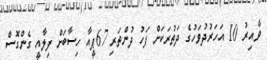
ވާއިރު 10 އަހަރުދުވަހުގެ ދަތުރަކަށް ފަހު ދުންތަރި 67ޕީއާ ހިސާބަށް ފިލާއީ ގެންގޮސް